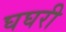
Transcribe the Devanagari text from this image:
घघरी